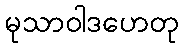
မုသာဝါဒဟေတု